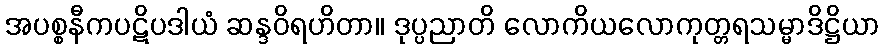
အပစ္စနီကပဋိပဒါယံ ဆန္ဒဝိရဟိတာ။ ဒုပ္ပညာတိ လောကိယလောကုတ္တရသမ္မာဒိဋ္ဌိယာ